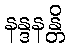
နန္ဒနန္တိ